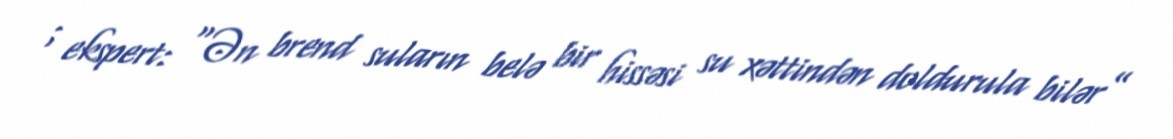
; ekspert: “Ən brend suların belə bir hissəsi su xəttindən doldurula bilər”